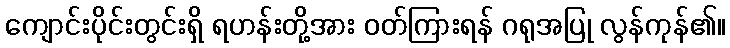
ကျောင်းပိုင်းတွင်းရှိ ရဟန်းတို့အား ဝတ်ကြားရန် ဂရုအပြု လွန်ကုန်၏။